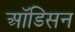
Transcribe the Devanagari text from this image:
ऑडिसन